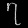
Digit: ၇